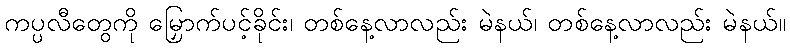
ကပ္ပလီတွေကို မြှောက်ပင့်ခိုင်း၊ တစ်နေ့လာလည်း မဲနယ်၊ တစ်နေ့လာလည်း မဲနယ်။